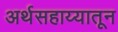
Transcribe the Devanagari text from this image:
अर्थसहाय्यातून